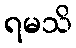
ရမသိ